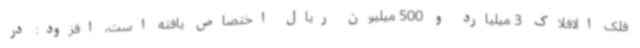
فلک الافلاک 3 میلیارد و 500 میلیون ریال اختصاص یافته است، افزود: در